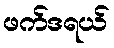
ဖက်ဒရယ်